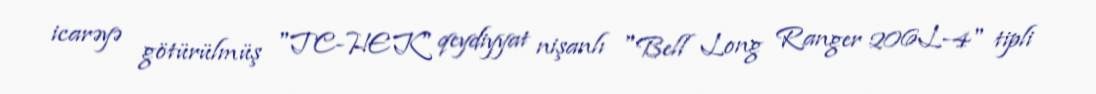
icarəyə götürülmüş "TC-HEK" qeydiyyat nişanlı "Bell Long Ranger 206L-4" tipli